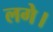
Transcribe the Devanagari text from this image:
लगेे।